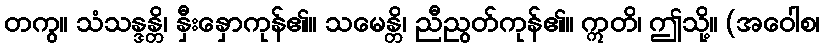
တကွ။ သံသန္ဒန္တိ၊ နှီးနှောကုန်၏။ သမေန္တိ၊ ညီညွတ်ကုန်၏။ ဣတိ၊ ဤသို့။ (အဝေါစ၊